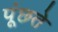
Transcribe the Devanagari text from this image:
पूंछते